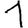
Digit: 1